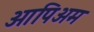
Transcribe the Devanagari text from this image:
ओपिअम